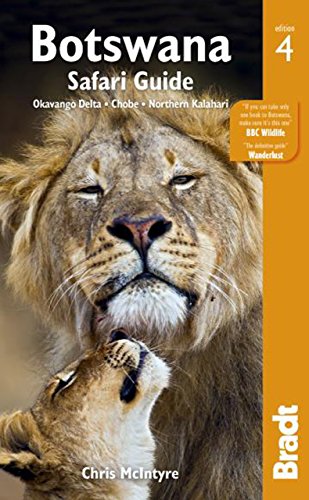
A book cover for Botswana Safari Guide: Okavango Delta, Chobe, Northern Kalahari (Bradt Travel Guide); Chris McIntyre; Travel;